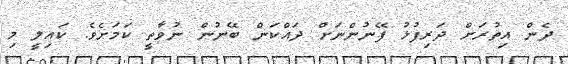
ދެން އިތުރަށް ދަރިފުޅު ފޭނުންނަށް ދައްކަން ބޭނުން ނުވާތީ ކަމަށެވެ. ކައިލީ މި